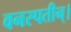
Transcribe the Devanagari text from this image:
वनस्पतीन्।